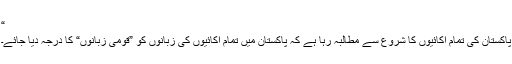
“
پاکستان کی تمام اکائیوں کا شروع سے مطالبہ رہا ہے کہ پاکستان میں تمام اکائیوں کی زبانوں کو ”قومی زبانوں“ کا درجہ دیا جائے۔